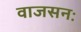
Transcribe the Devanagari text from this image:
वाजसनः